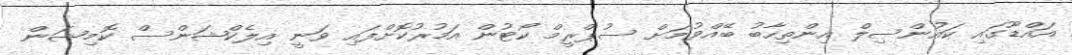
އައްޑޫގައި ކައުންސިލް އިންތިހާބު ބޭއްވުމަށް ސުޕްރީމް ކޯޓުން އަމުރުކޮށްފައި ވަނީ އިލެކްޝަންސް ކޮމިޝަން